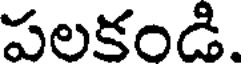
పలకండి.